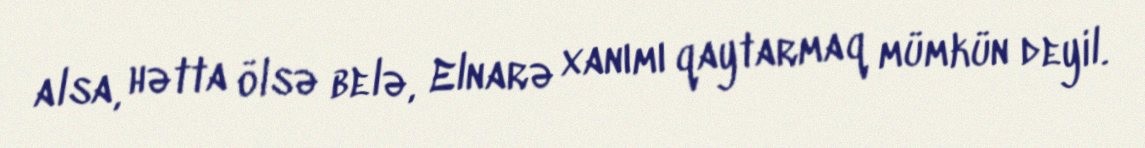
alsa, hətta ölsə belə, Elnarə xanımı qaytarmaq mümkün deyil.